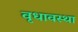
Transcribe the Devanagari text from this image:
वृधावस्था